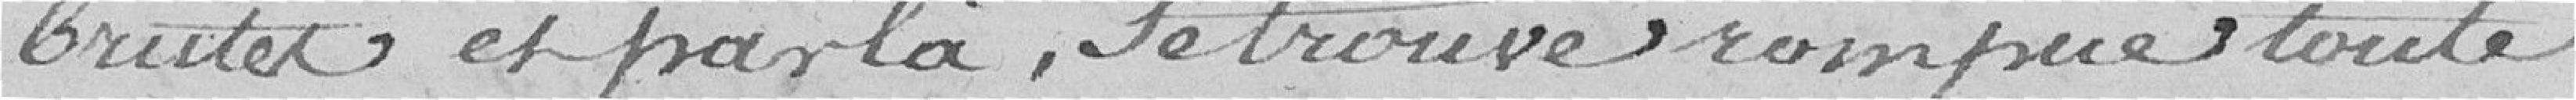
brutes et par là, se trouve rompue toute